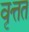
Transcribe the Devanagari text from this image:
वृत्तत